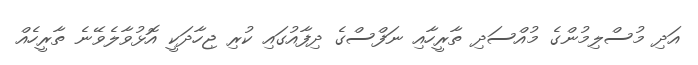
އަދި މުސްލިމުންގެ މުއްސަދި ތާރީހާއި ނަފްސްގެ ދިފާއުގައި ކުރި ޖިހާދަކީ އޮޅުވާލެވޭނެ ތާރީހެއް